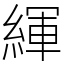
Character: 緷